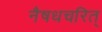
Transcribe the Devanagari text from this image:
नैषधचरित्‌